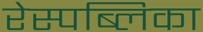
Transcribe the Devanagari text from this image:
रेस्पब्लिका